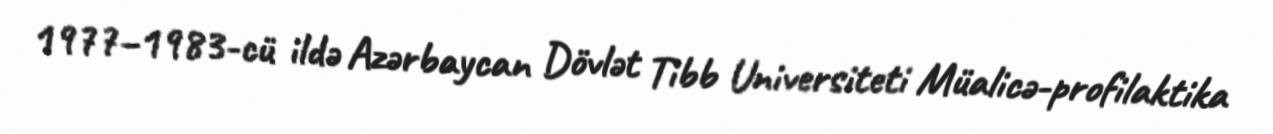
1977–1983-cü ildə Azərbaycan Dövlət Tibb Universiteti Müalicə-profilaktika